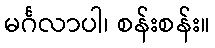
မင်္ဂလာပါ၊ စန်းစန်း။